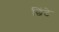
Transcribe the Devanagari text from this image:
छिंटे